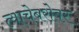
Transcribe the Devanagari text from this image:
त्याचेबरोबर